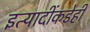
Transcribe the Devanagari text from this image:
इत्यादींकडेही